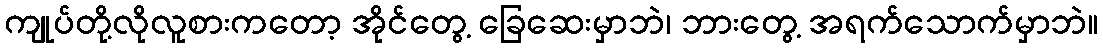
ကျုပ်တို့လိုလူစားကတော့ အိုင်တွေ့ ခြေဆေးမှာဘဲ၊ ဘားတွေ့ အရက်သောက်မှာဘဲ။